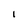
Character: I